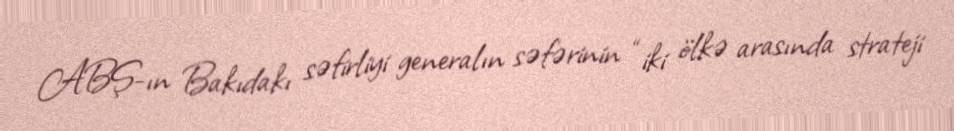
ABŞ-ın Bakıdakı səfirliyi generalın səfərinin “iki ölkə arasında strateji